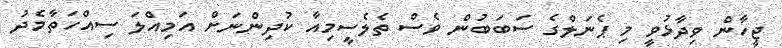
ޖީހާން ވިދާޅުވީ މި ޕެނަލްގެ ސަބަބުން ވެސް ތެލެސީމިއާ ކުދިންނަށް އަމިއްލަ ސިއްހަތާމެދު